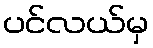
ပင်လယ်မှ